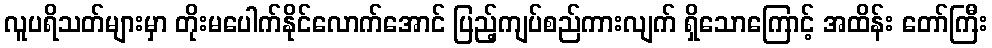
လူပရိသတ်များမှာ တိုးမပေါက်နိုင်လောက်အောင် ပြည့်ကျပ်စည်ကားလျက် ရှိသောကြောင့် အထိန်း တော်ကြီး